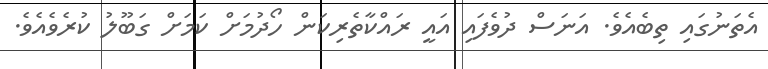
އެތަނުގައި ތިބެއެވެ. އަނަސް ދުވެފައި އައީ ރައްކާތެރިކަން ހޯދުމަށް ކަމަށް ގަބޫލު ކުރެވެއެވެ.